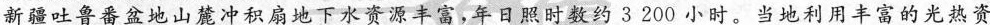
新疆吐鲁番盆地山麓冲积扇地下水资源丰富，年日照时数约3200小时。当地利用丰富的光热资